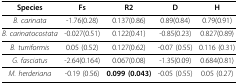
<table><thead><tr><td><b>Species</b></td><td><b>Fs</b></td><td><b>R2</b></td><td><b>D</b></td><td><b>H</b></td></tr></thead><tbody><tr><td><i>B. carinata</i></td><td>-1.76(0.28)</td><td>0.137(0.86)</td><td>0.89(0.84)</td><td>0.79(0.91)</td></tr><tr><td><i>B. carinatocostata</i></td><td>-0.027(0.51)</td><td>0.122(0.41)</td><td>-0.85(0.23)</td><td>0.827(0.89)</td></tr><tr><td><i>B. turriformis</i></td><td>0.05 (0.52)</td><td>0.127(0.62)</td><td>-0.07 (0.55)</td><td>0.116 (0.31)</td></tr><tr><td><i>G. fasciatus</i></td><td>-2.64(0.164)</td><td>0.067(0.08)</td><td>-1.35(0.09)</td><td>0.684(0.81)</td></tr><tr><td><i>M. herderiana</i></td><td>-0.19 (0.56)</td><td><b>0.099 (0.043)</b></td><td>-0.05 (0.55)</td><td>0.05 (0.27)</td></tr></tbody></table>